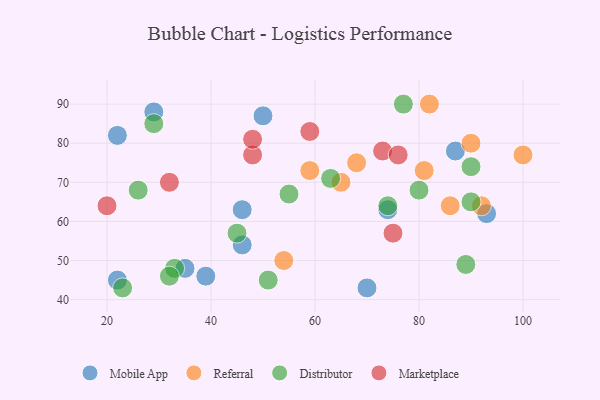
{"axis": {"x": "GDP", "y": "Life Expectancy"}, "legend": ["Distributor", "Marketplace", "Mobile App", "Referral"], "data": [{"x": "87", "y": 78, "type": "Mobile App"}, {"x": "46", "y": 63, "type": "Mobile App"}, {"x": "22", "y": 45, "type": "Mobile App"}, {"x": "46", "y": 54, "type": "Mobile App"}, {"x": "39", "y": 46, "type": "Mobile App"}, {"x": "74", "y": 63, "type": "Mobile App"}, {"x": "22", "y": 82, "type": "Mobile App"}, {"x": "93", "y": 62, "type": "Mobile App"}, {"x": "29", "y": 88, "type": "Mobile App"}, {"x": "35", "y": 48, "type": "Mobile App"}, {"x": "70", "y": 43, "type": "Mobile App"}, {"x": "50", "y": 87, "type": "Mobile App"}, {"x": "92", "y": 64, "type": "Referral"}, {"x": "86", "y": 64, "type": "Referral"}, {"x": "100", "y": 77, "type": "Referral"}, {"x": "59", "y": 73, "type": "Referral"}, {"x": "68", "y": 75, "type": "Referral"}, {"x": "90", "y": 80, "type": "Referral"}, {"x": "54", "y": 50, "type": "Referral"}, {"x": "82", "y": 90, "type": "Referral"}, {"x": "81", "y": 73, "type": "Referral"}, {"x": "65", "y": 70, "type": "Referral"}, {"x": "74", "y": 64, "type": "Distributor"}, {"x": "29", "y": 85, "type": "Distributor"}, {"x": "63", "y": 71, "type": "Distributor"}, {"x": "45", "y": 57, "type": "Distributor"}, {"x": "90", "y": 74, "type": "Distributor"}, {"x": "90", "y": 65, "type": "Distributor"}, {"x": "77", "y": 90, "type": "Distributor"}, {"x": "89", "y": 49, "type": "Distributor"}, {"x": "80", "y": 68, "type": "Distributor"}, {"x": "33", "y": 48, "type": "Distributor"}, {"x": "55", "y": 67, "type": "Distributor"}, {"x": "32", "y": 46, "type": "Distributor"}, {"x": "23", "y": 43, "type": "Distributor"}, {"x": "51", "y": 45, "type": "Distributor"}, {"x": "26", "y": 68, "type": "Distributor"}, {"x": "48", "y": 77, "type": "Marketplace"}, {"x": "48", "y": 81, "type": "Marketplace"}, {"x": "75", "y": 57, "type": "Marketplace"}, {"x": "73", "y": 78, "type": "Marketplace"}, {"x": "32", "y": 70, "type": "Marketplace"}, {"x": "76", "y": 77, "type": "Marketplace"}, {"x": "59", "y": 83, "type": "Marketplace"}, {"x": "20", "y": 64, "type": "Marketplace"}]}